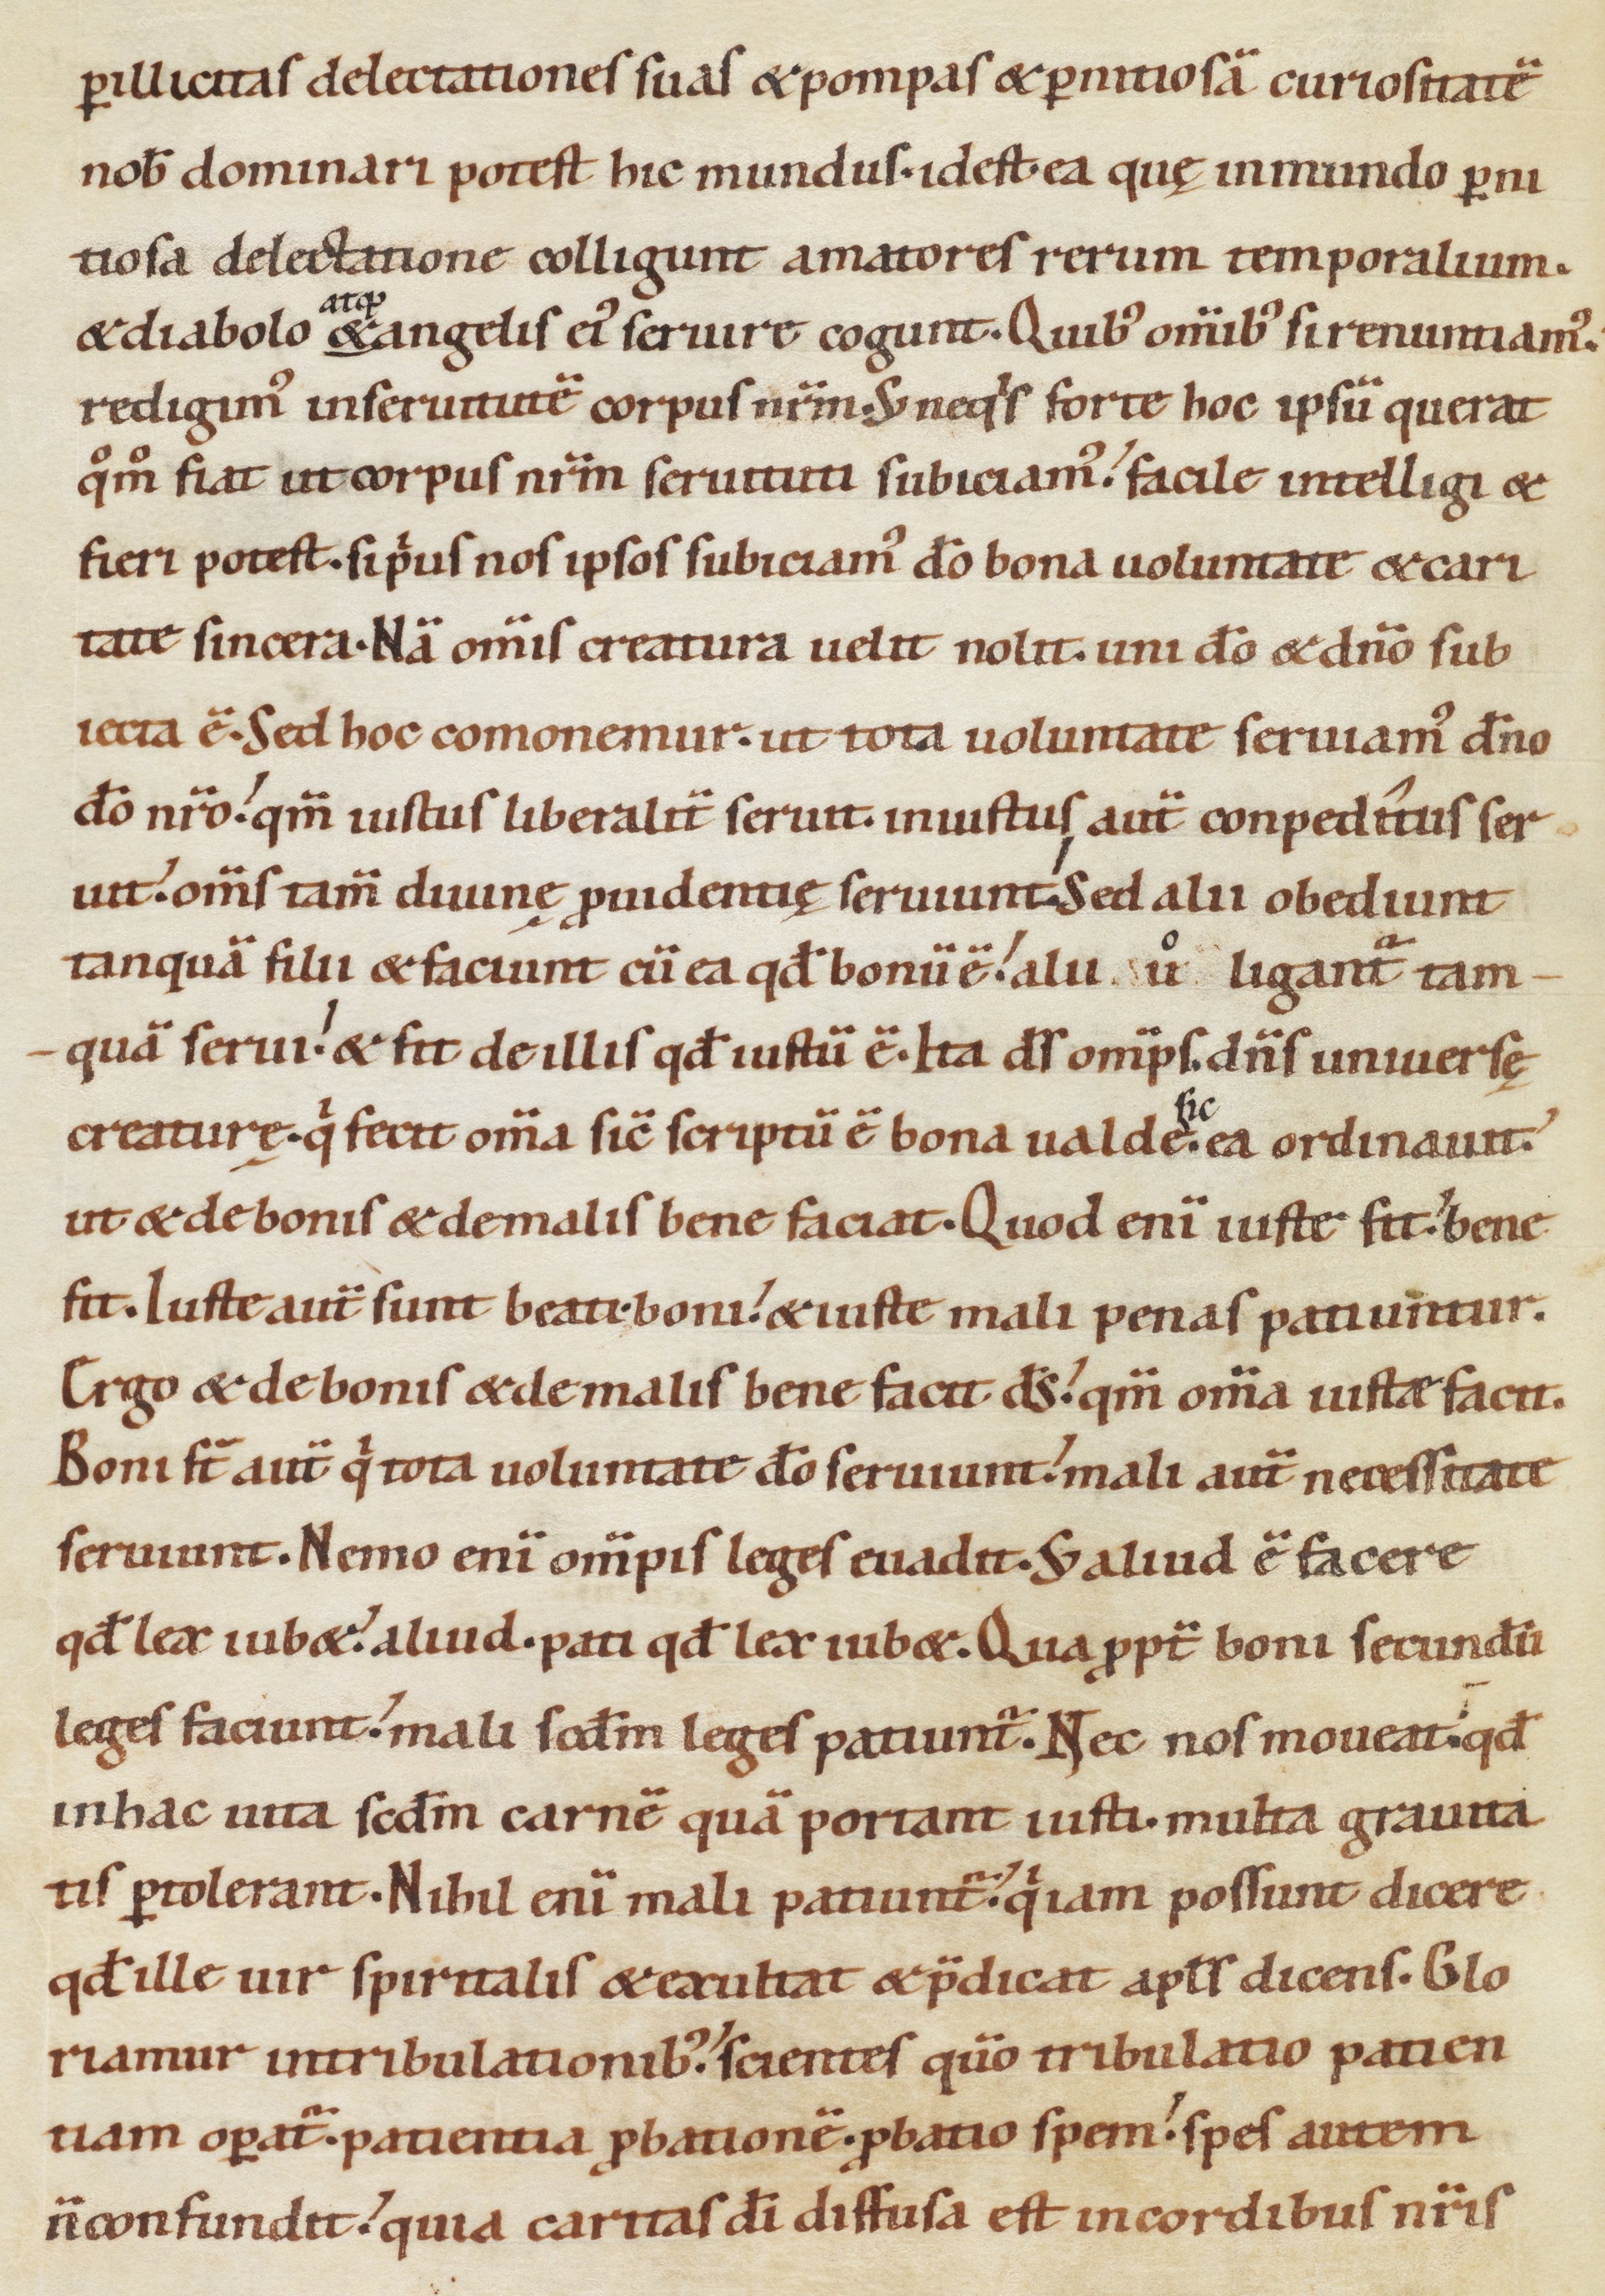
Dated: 1080–1096